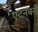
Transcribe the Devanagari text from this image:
एटनबरों